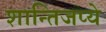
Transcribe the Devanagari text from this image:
शान्तिजप्ये